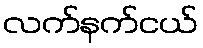
လက်နက်ငယ်